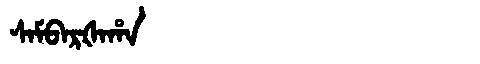
Manchu: ᠰᠠᠮᠪᠠᡵᡧᠠᡥᠠ
Romanization: SAMBARŠAHA